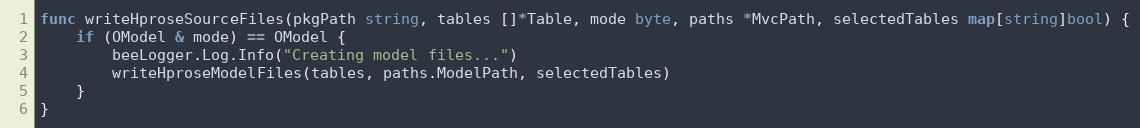
Language: Go
func writeHproseSourceFiles(pkgPath string, tables []*Table, mode byte, paths *MvcPath, selectedTables map[string]bool) {
	if (OModel & mode) == OModel {
		beeLogger.Log.Info("Creating model files...")
		writeHproseModelFiles(tables, paths.ModelPath, selectedTables)
	}
}